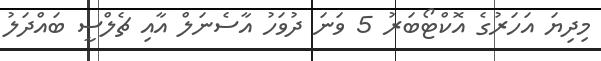
މިދިޔަ އަހަރުގެ އޮކްޓޯބަރު 5 ވަނަ ދުވަހު އާސެނަލް އާއި ޗެލްސީ ބައްދަލު